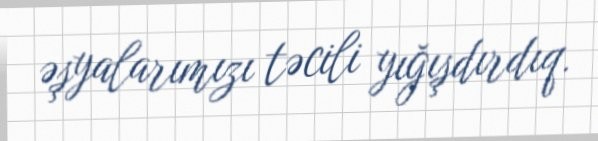
əşyalarımızı təcili yığışdırdıq.